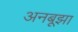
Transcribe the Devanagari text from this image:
अनबूझा